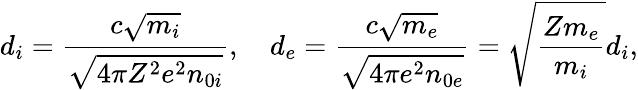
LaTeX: d_{i}=\frac{c\sqrt{m_{i}}}{\sqrt{4\pi Z^{2}e^{2}n_{0i}}},\quad d_{e}=\frac{c\sqrt{m_{e}}}{\sqrt{4\pi e^{2}n_{0e}}}=\sqrt\frac{Zm_{e}}{m_{i}}d_{i},